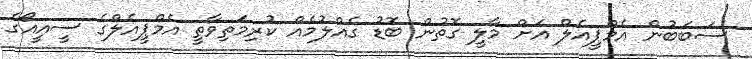
ސަބަބުން އެމްޕީއެލް އަށް މާލީ ގޮތުން ބޮޑު ގެއްލުމެއް ކުރިމަތިވާތީ އެމްޕީއެލްގެ ސީއީއޯގެ